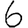
Digit: 6